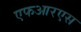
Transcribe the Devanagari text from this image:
एफआरएस